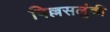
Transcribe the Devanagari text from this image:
पिल्लसलुंकी